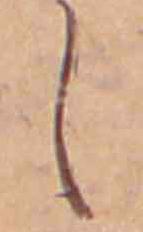
し